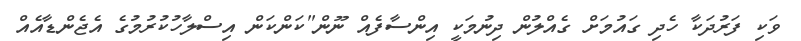
ވަކި ފަރުދަކާ ހެދި ގައުމަށް ގެއްލުން ދިނުމަކީ އިންސާފެއް ނޫން"ކަންކަން އިސްލާހުކުރުމުގެ އެޖެންޑާއެއް